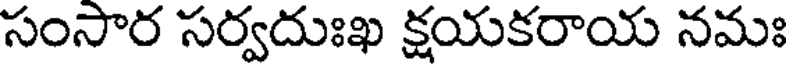
సంసార సర్వదుఃఖ క్షయకరాయ నమః